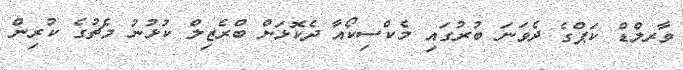
ވާރލްޑް ކަޕްގެ ދެވަނަ ބުރުގައި މެކްސިކޯއާ ދެކޮޅަށް ބްރެޒިލް ކުޅުނު މެޗުގެ ކުރިން